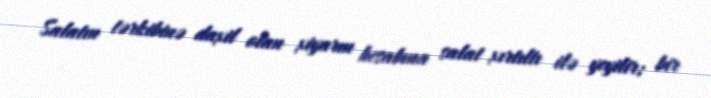
Salatın tərkibinə daxil olan xiyarın hesabına salat xırtıltı ilə yeyilir; bir